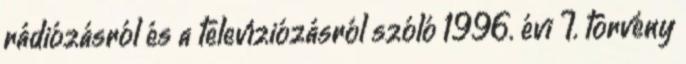
rádiózásról és a televíziózásról szóló 1996. évi I. törvény